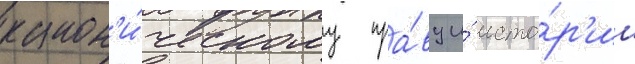
канон'и́ческому пра́ву и́ исто́р'ии